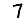
Digit: 7